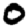
Digit: 0